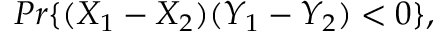
P r \{ ( X _ { 1 } - X _ { 2 } ) ( Y _ { 1 } - Y _ { 2 } ) < 0 \} ,